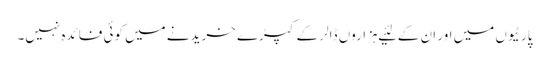
پارٹیوں میں اور ان کے لئیے ہزاروں ڈالر کے کپڑے خریدنے میں کوئی فائدہ نہیں۔